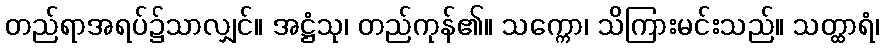
တည်ရာအရပ်၌သာလျှင်။ အဋ္ဌံသု၊ တည်ကုန်၏။ သက္ကော၊ သိကြားမင်းသည်။ သတ္ထာရံ၊